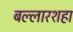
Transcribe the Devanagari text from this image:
बल्लारशहा